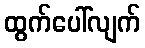
ထွက်ပေါ်လျက်